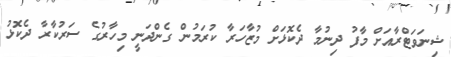
ޝިނަވަޓްރާއަށް މާފު ދިނުމާ ދެކޮޅަށް މުޒާހަރާ ކުރަމުން ގެންދަނީ މިހާރުގެ ސަރުކާރާ ދެކޮޅު